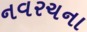
નવરચના